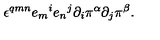
\epsilon ^ { q m n } { e _ { m } } ^ { i } { e _ { n } } ^ { j } \partial _ { i } \pi ^ { \alpha } \partial _ { j } \pi ^ { \beta } .